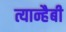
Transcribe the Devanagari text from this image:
त्यान्हैबी